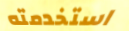
استخدمته